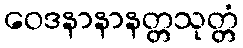
ဝေဒနာနာနတ္တသုတ္တံ